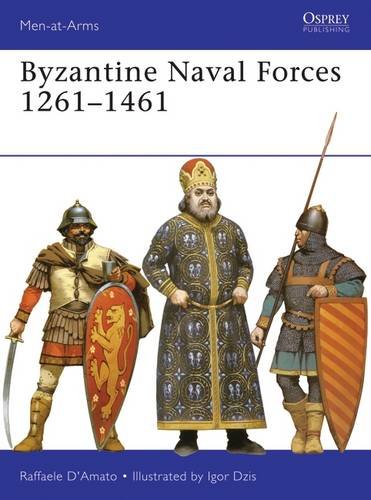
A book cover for Byzantine Naval Forces 1261-1461 (Men-at-Arms); Raffaele D'Amato; History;